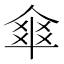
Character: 𠌂